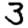
Digit: 3